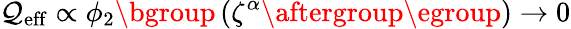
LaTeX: \mathcal{Q}_{\mathrm{{eff}}}\propto\phi_{2}\mathopen{}\mathclose\bgroup\left(\zeta^{\alpha}\aftergroup\egroup\right)\rightarrow0